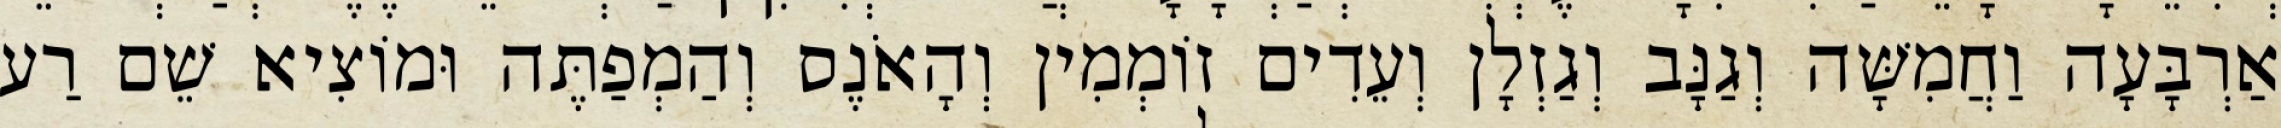
אַרְבָּעָה וַחֲמִשָּׁה וְגַנָּב וְגַזְלָן וְעֵדִים זוֹמְמִין וְהָאֹנֶס וְהַמְפַתֶּה וּמוֹצִיא שֵׁם רַע